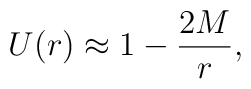
U(r) \approx 1-\frac{2M}{r},